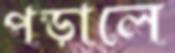
পড়ালে